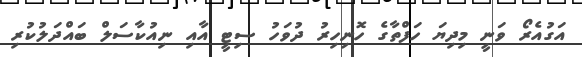
އަގުއެރޯ ވަނީ މިދިޔަ ހަފްތާގެ ހޮނިހިރު ދުވަހު ސިޓީ އާއި ނިއުކާސަލް ބައްދަލުުކުރި